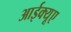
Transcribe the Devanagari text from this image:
आईक्यूए